Lunatic asylums Central Provinces reports 1874-1885 - 1874-1885
Year: 1874
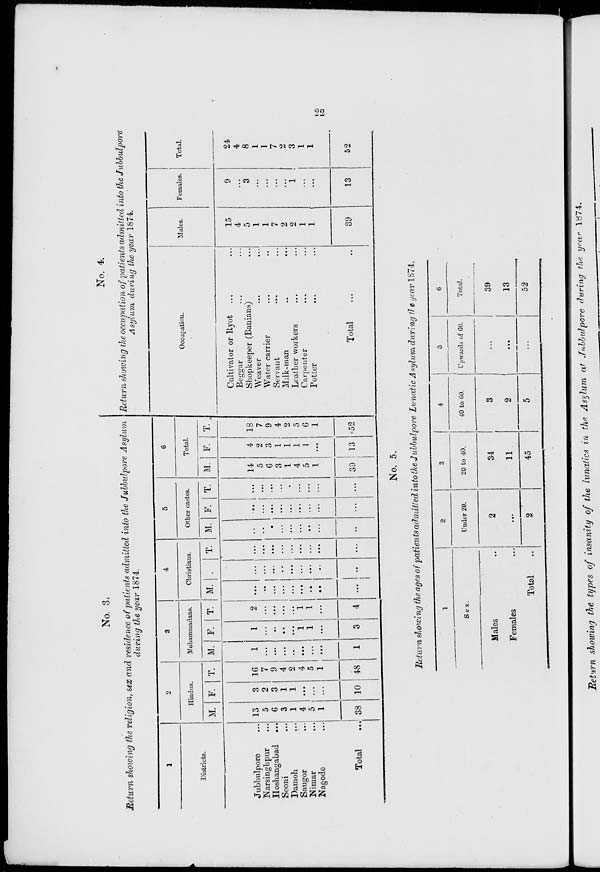
22
No. 3.
Return showing the religion, sex and residence of patients admitted into the Jubbulpore Asylum
during the year 1874.
1
Districts.
Jubbulpore ...
Narsinghpur ...
Hosbangabad
...
Seoni ...
Damoh ...
Saugor ...
Nimar ...
Nagode ...
Total ...
2
Hindus.
M.
13
5
6
3
1
4
5
1
38
F.
3
2
3
1
1
...
...
...
10
T.
16
7
9
4
2
4
5
1
48
3
Mohammadans.
M.
1
...
...
...
..
...
...
...
1
F.
1
...
..
..
...
1
1
...
3
T.
2
...
...
...
...
1
1
...
4
4
Christians.
M.
...
..
...
...
...
...
..
...
...
F.
...
...
...
..
...
...
...
..
..
T.
...
...
...
...
...
...
...
...
...
5
Other castes.
M.
...
..
..
...
...
...
..
...
...
F.
...
...
...
...
...
...
...
...
...
T.
...
...
...
...
...
...
...
...
...
6
Total.
M.
14
5
6
3
1
4
5
1
39
F.
4
2
3
1
1
1
1
...
13
T.
18
7
9
4
2
5
6
1
52
No. 4.
Return showing the occupation of patients admitted into the Jubbulpore
Asylum during the year 1874.
Occupation.
Cultivator or Ryot ... ...
Beggar ... ...
Shopkeeper (Banians) ...
Weaver ... ...
Water carrier ... ...
Servant ... ...
Milk-man ... ...
Leather workers ... ...
Carpenter ... ...
Potter
...
...
Total ... ...
Males.
15
4
5
1
1
7
2
2
1
1
39
Females.
9
...
3
...
...
...
...
1
...
...
13
Total.
24
4
8
1
1
7
2
3
1
1
52
No. 5.
Return showing the ages of patients admitted into the Jubbulpore Lunatic Asylum during the year 1874.
1
Sex.
Males ..
Females ...
Total ...
2
Under 20.
2
...
2
3
20 to 40.
34
11
45
4
40 to 60.
3
2
5
5
Upwards of 60.
...
...
...
6
Total.
39
13
52